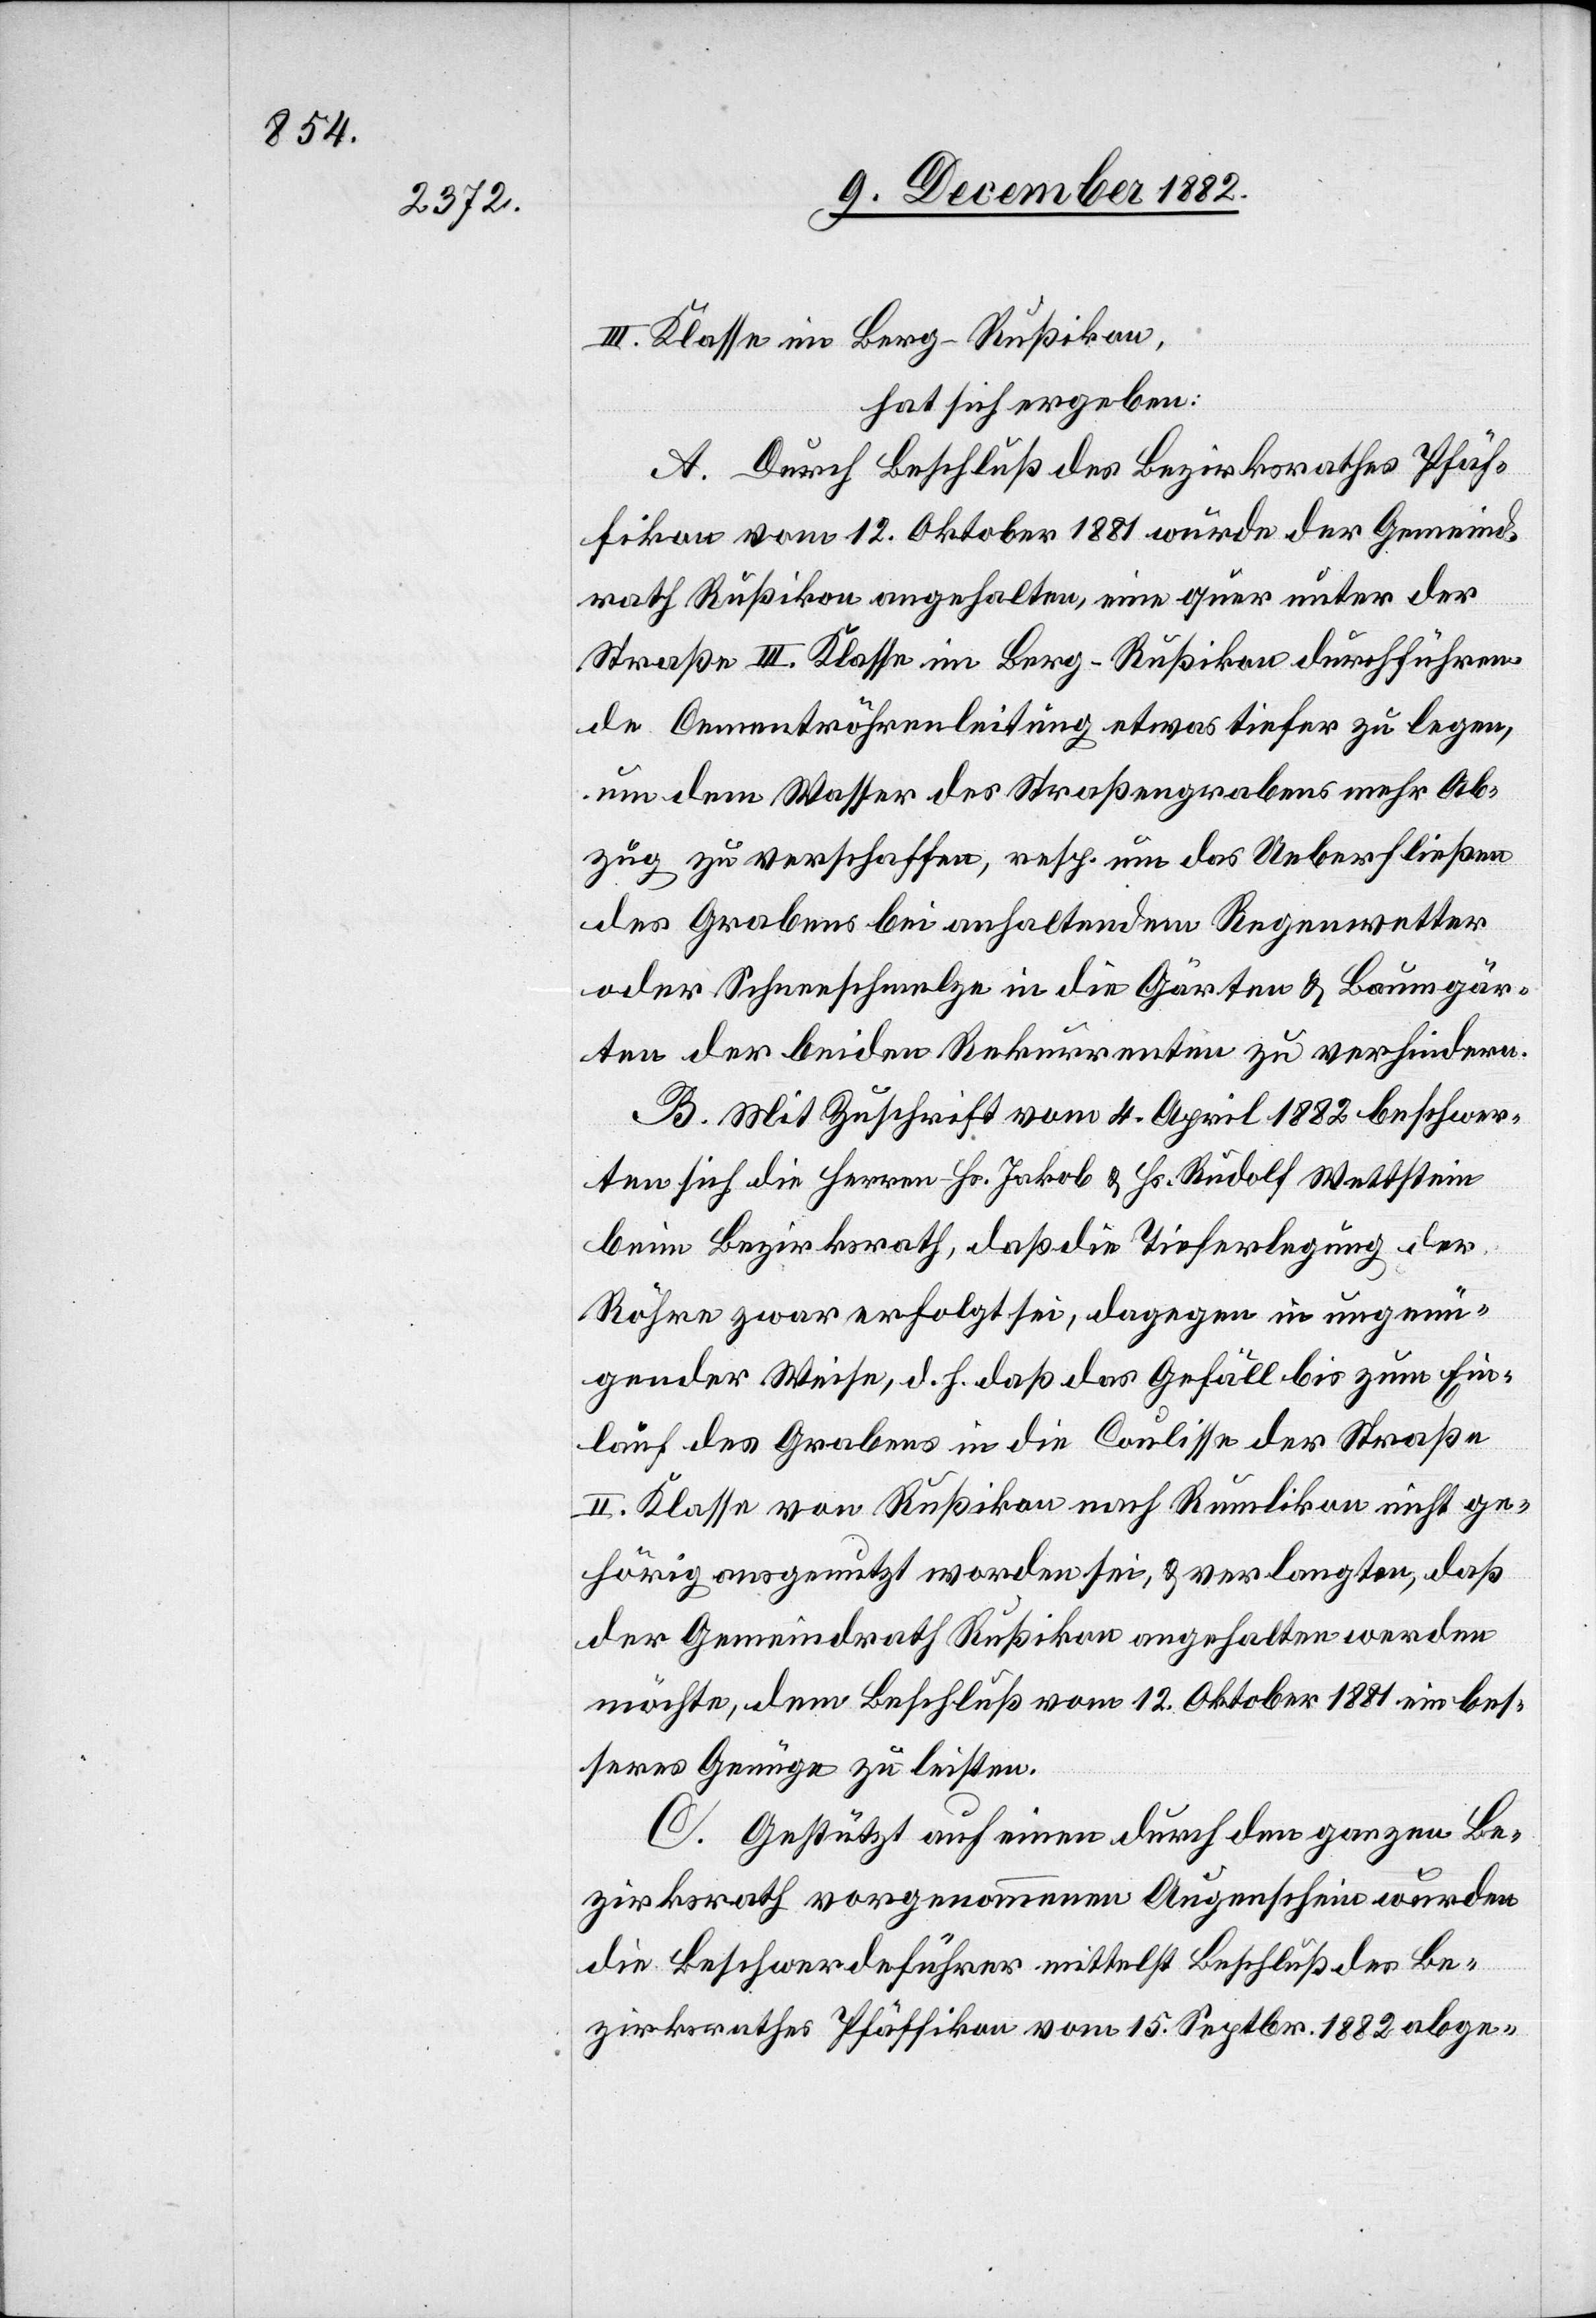
III. Klasse im Berg - Rußikon,
hat sich ergeben:
A. Durch Beschluß des Bezirksrathes Pfäf¬
fikon vom 12. Oktober 1881 wurde der Gemeind¬
rath Rußikon angehalten, eine quer unter der
Straße III. Klasse im Berg - Rußikon durchführen¬
de Cementröhrenleitung etwas tiefer zu legen,
um dem Wasser des Straßengrabens mehr Ab¬
zug zu verschaffen, resp. um das Ueberfließen
des Grabens bei anhaltendem Regenwetter
oder Schneeschmelze in die Gärten & Baumgär¬
ten der beiden Rekurrenten zu verhindern.
B. Mit Zuschrift vom 4. April 1882 beschwer¬
ten sich die Herren Hs. Jakob & Hs. Rudolf Wettstein
beim Bezirksrath, daß die Tieferlegung der
Röhre zwar erfolgt sei, dagegen in ungenü¬
gender Weise, d. h. daß das Gefäll bis zum Ein¬
lauf des Grabens in die Coulisse der Straße
II. Klasse von Rußikon nach Rumlikon nicht ge¬
hörig ausgenutzt worden sei, & verlangten, daß
der Gemeindrath Rußikon angehalten werden
möchte, dem Beschluß vom 12. Oktober 1881 ein bes¬
seres Genüge zu leisten.
C. Gestützt auf einen durch den ganzen Be¬
zirksrath vorgenommenen Augenschein wurden
die Beschwerdeführer mittelst Beschluß des Be¬
zirksrathes Pfäffikon vom 15. Septbr. 1882 abge-